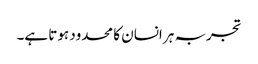
تجربہ ہر انسان کا محدود ہوتا ہے۔